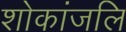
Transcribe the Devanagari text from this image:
शोकांजलि